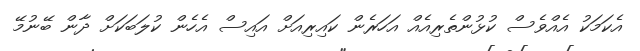
އެކަމަކު އެއްވެސް ކުޅުންތެރިއެއް އަހަރެން ކައިރިއަށް އައިސް އެހެން ކުލަބަކަށް ދާން ބޭނުމޭ